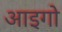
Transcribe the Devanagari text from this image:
आइगो